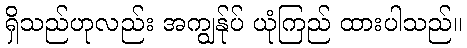
ရှိသည်ဟုလည်း အကျွန်ုပ် ယုံကြည် ထားပါသည်။